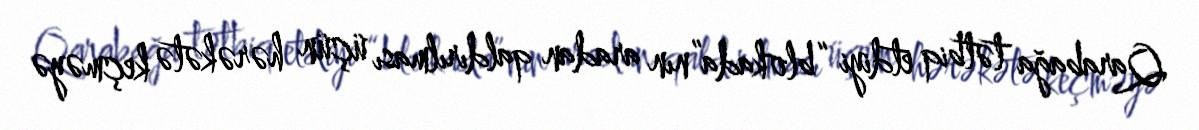
Qarabağa tətbiq etdiyi “blokada”nın aradan qaldırılması üçün hərəkətə keçməyə